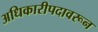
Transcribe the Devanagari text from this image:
अधिकारीपदावरून